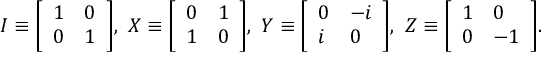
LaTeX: I \equiv { \left[ \begin{array} { l l } { 1 } & { 0 } \\ { 0 } & { 1 } \end{array} \right] } , \ X \equiv { \left[ \begin{array} { l l } { 0 } & { 1 } \\ { 1 } & { 0 } \end{array} \right] } , \ Y \equiv { \left[ \begin{array} { l l } { 0 } & { - i } \\ { i } & { 0 } \end{array} \right] } , \ Z \equiv { \left[ \begin{array} { l l } { 1 } & { 0 } \\ { 0 } & { - 1 } \end{array} \right] } .